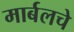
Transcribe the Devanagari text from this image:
मार्बलचे